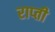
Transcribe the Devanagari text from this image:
राप्‍ती